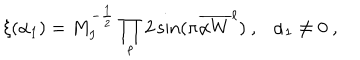
\xi ( \alpha _ { 1 } ) = M _ { I } ^ { - { \frac { 1 } { 2 } } } \prod _ { \ell } 2 \sin ( \pi { { \overline { { { \alpha W } } } } ^ { \ell } } ) ~ , \alpha _ { 1 } \not = 0 ~ ,